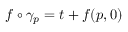
f \circ \gamma _ { p } = t + f ( p , 0 )